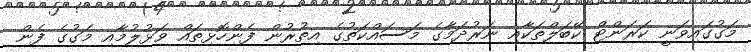
މަގުގައިވަނީ ކަރަންޓް ކޭބަލްތަކާއި ނަރުދަމާގެ މަސައްކަތުގެ އިތުރުން ފެންހޮޅިތައް ވަޅުލުމާއި މަގުގެ ފެން